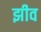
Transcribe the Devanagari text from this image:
झीव